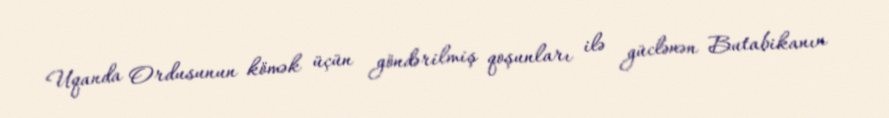
Uqanda Ordusunun kömək üçün göndərilmiş qoşunları ilə güclənən Butabikanın